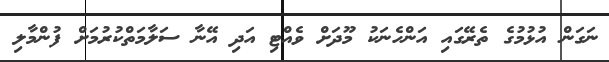
ނަގަން އުޅުމުގެ ތެރޭގައި އަންހެނަކު މޫދަށް ވެއްޓި އަދި އޭނާ ސަލާމަތްކުރުމަށް ފުންމާލި